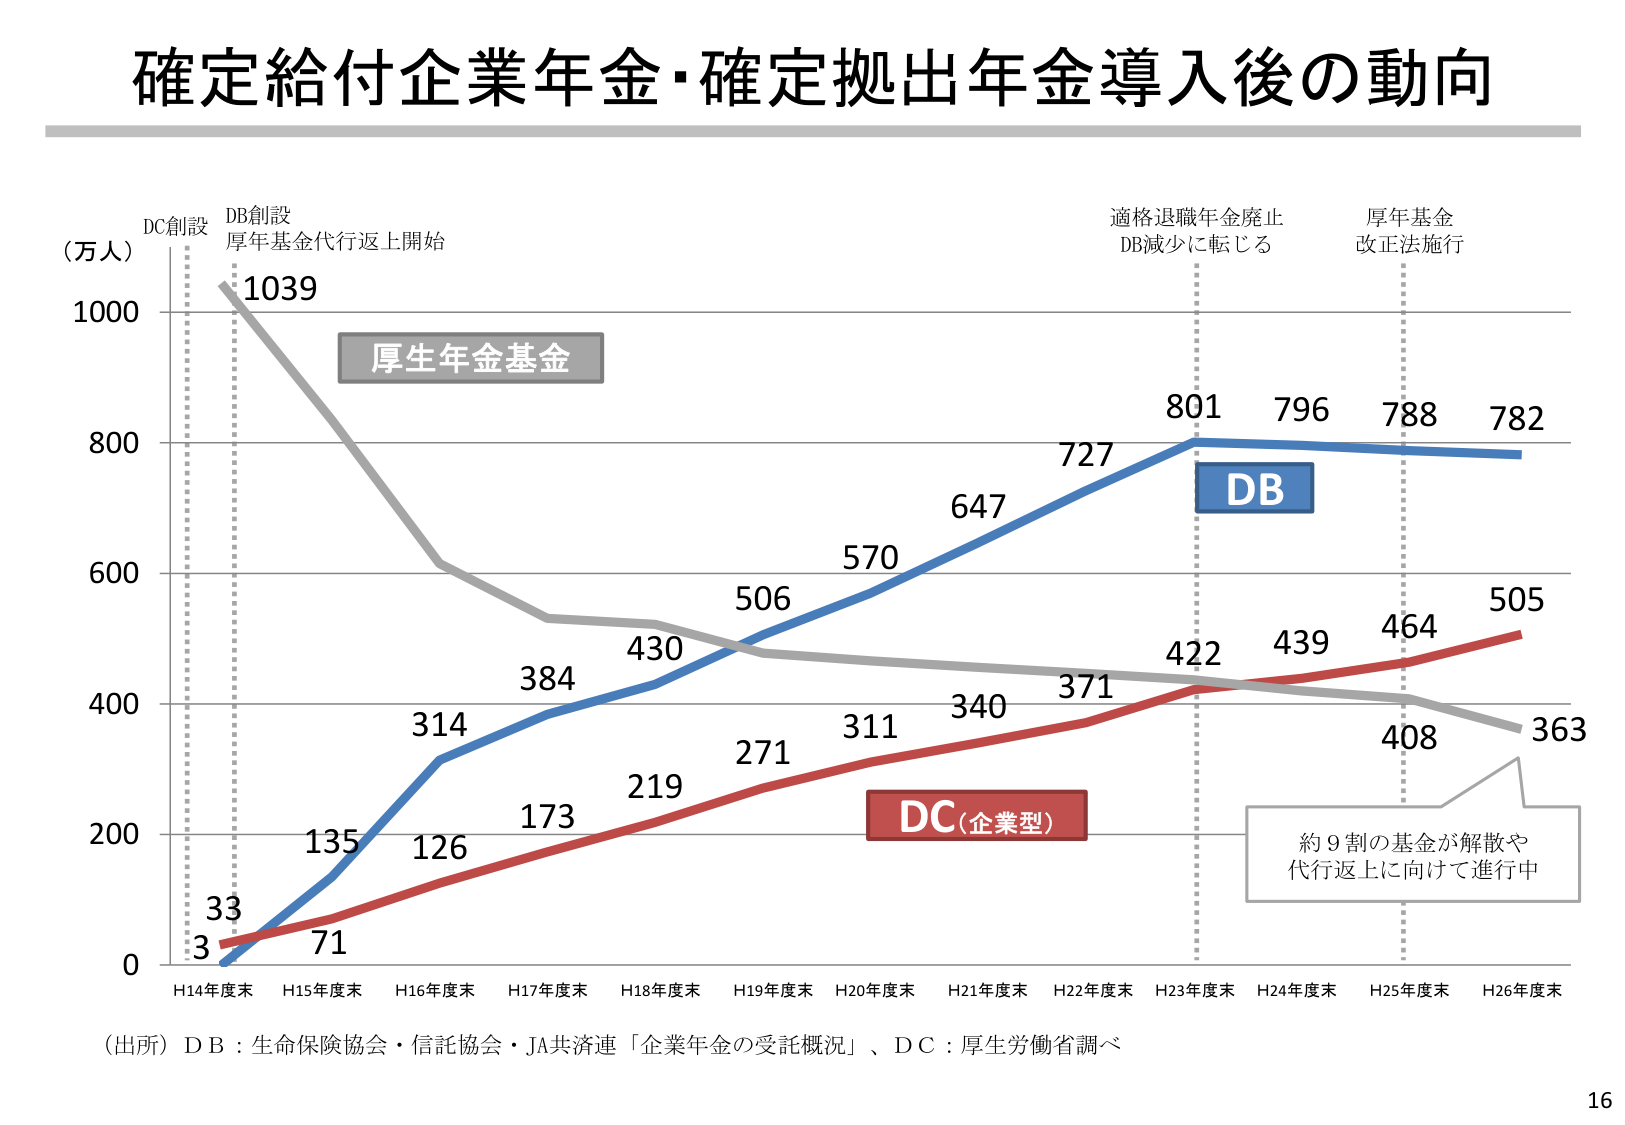
確定給付企業年金・確定拠出年金導入後の動向

（万人）

DC創設
DB創設
厚年基金代行返上開始

1039
厚生年金基金

適格退職年金廃止
DB減少に転じる

厚年基金
改正法施行

801 796 788 782
DB

600

570
647
727

506
430
384

422 439 464 505
DC（企業型）

371
340
311
271
219
173
126
135
71
33
3

約９割の基金が解散や
代行返上に向けて進行中

H14年度末 H15年度末 H16年度末 H17年度末 H18年度末 H19年度末 H20年度末 H21年度末 H22年度末 H23年度末 H24年度末 H25年度末 H26年度末

（出所）ＤＢ：生命保険協会・信託協会・JA共済連「企業年金の受託概況」、ＤＣ：厚生労働省調べ

16